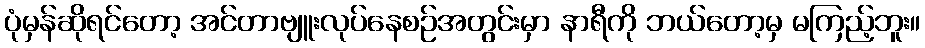
ပုံမှန်ဆိုရင်တော့ အင်တာဗျူးလုပ်နေစဉ်အတွင်းမှာ နာရီကို ဘယ်တော့မှ မကြည့်ဘူး။